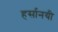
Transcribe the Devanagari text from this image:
हर्सानयी